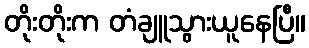
တိုးတိုးက တံချူသွားယူနေပြီ။